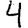
Digit: 4